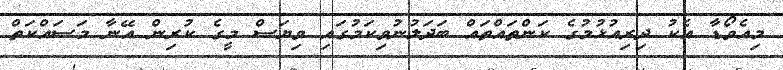
މިއެވޯޑާ އެކު ދިރިއުޅުމުގެ ކަންތައްތައް ބަދަލުނުވިކަމުގައި ވިޔަސް މީގެ ކުރިން އޭނާ މަސައްކަތް